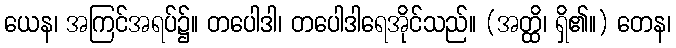
ယေန၊ အကြင်အရပ်၌။ တပေါဒါ၊ တပေါဒါရေအိုင်သည်။ (အတ္ထိ၊ ရှိ၏။) တေန၊